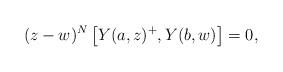
LaTeX: \begin{align*} (z-w)^N \left[Y(a,z)^+, Y(b,w) \right]=0,\end{align*}